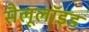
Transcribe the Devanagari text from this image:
सैलूलॉइड